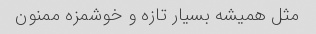
مثل همیشه بسیار تازه و خوشمزه ممنون